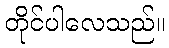
တိုင်ပါလေသည်။